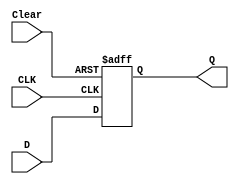
// Implementation of a D Flip-Flop

`timescale 1ns / 1ps

module D_flip_flop(input CLK, input D, input Clear, output reg Q);

always @(posedge CLK or posedge Clear)
    if (Clear)
        Q <= 1'b0;
    else
        Q <= D;

endmodule